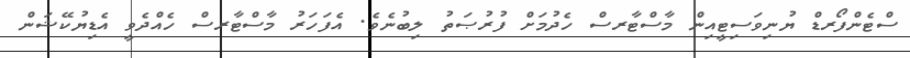
ސްޓެންފޯރޑް ޔުނިވަސިޓީއިން މާސްޓާރސް ހެދުމަށް ފުރުޞަތު ލިބުނެވެ. އެފަހަރު މާސްޓާރސް ހެއްދެވީ އެޑިޔުކޭޝަން